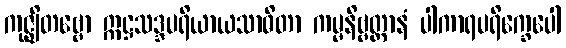
ကုဇ္ဈိတဗ္ဗော ဣဋ္ဌသဒ္ဒပရိယာယသာဓိတာ ကမ္မနိဗ္ဗတ္တာနံ ပါကာရပရိက္ခေပေါ